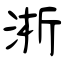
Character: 淅